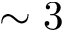
\sim 3